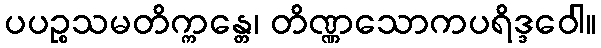
ပပဉ္စသမတိက္ကန္တေ၊ တိဏ္ဏသောကပရိဒ္ဒဝေါ။